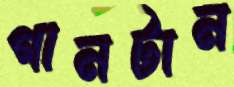
গানটান